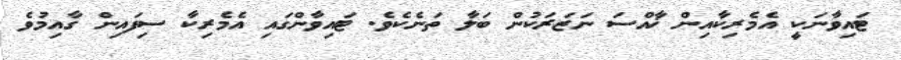
ޓައިވާނަކީ އެމެރިކާއިން ޚާއްސަ ނަޒަރަކުން ބަލާ ތަނެކެވެ. ޓައިވާންގައި އެމެރިކާ ސިފައިން ގާއިމުވެ